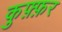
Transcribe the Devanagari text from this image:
कुफ़्फ़र